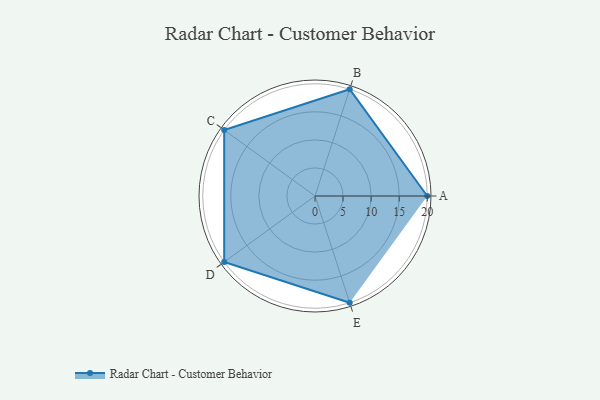
{"axis": {"x": "Skill", "y": "Score"}, "legend": ["Profile"], "data": [{"x": "A", "y": 20.0, "type": "Profile"}, {"x": "B", "y": 20, "type": "Profile"}, {"x": "C", "y": 20, "type": "Profile"}, {"x": "D", "y": 20, "type": "Profile"}, {"x": "E", "y": 20, "type": "Profile"}]}